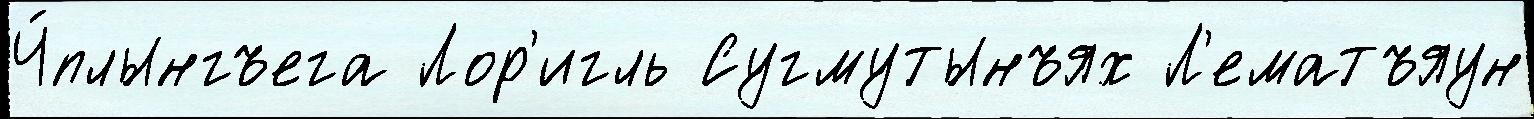
Ч́плынгъега Лор'игль Сугмутынъях Л'ематъяун